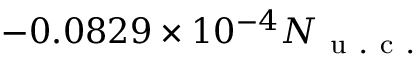
- 0 . 0 8 2 9 \times 1 0 ^ { - 4 } N _ { \mathrm { ~ u ~ . ~ c ~ . ~ } }